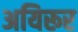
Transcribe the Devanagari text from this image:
अयिरूर